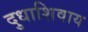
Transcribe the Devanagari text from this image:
दुधाशिवाय